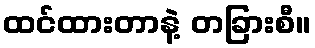
ထင်ထားတာနဲ့ တခြားစီ။